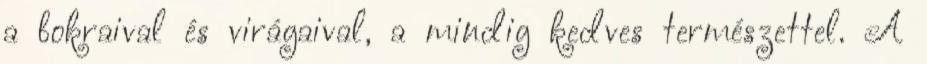
a bokraival és virágaival, a mindig kedves természettel. A